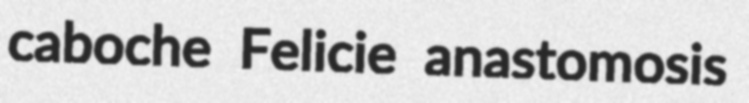
caboche Felicie anastomosis